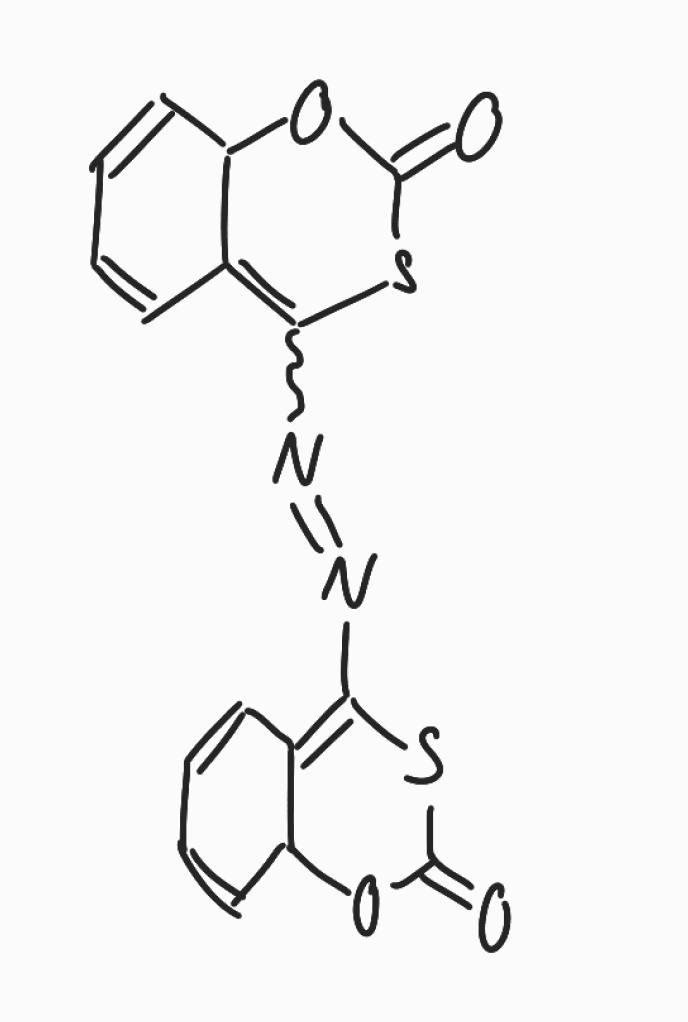
Simplified molecular-input line-entry system (SMILES) notation of the given molecule:
C1=CC2C(=C(SC(=O)O2)N=NC3=C4C=CC=CC4OC(=O)S3)C=C1